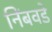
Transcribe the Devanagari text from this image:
निंबवडे